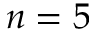
n = 5